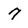
Character: 7